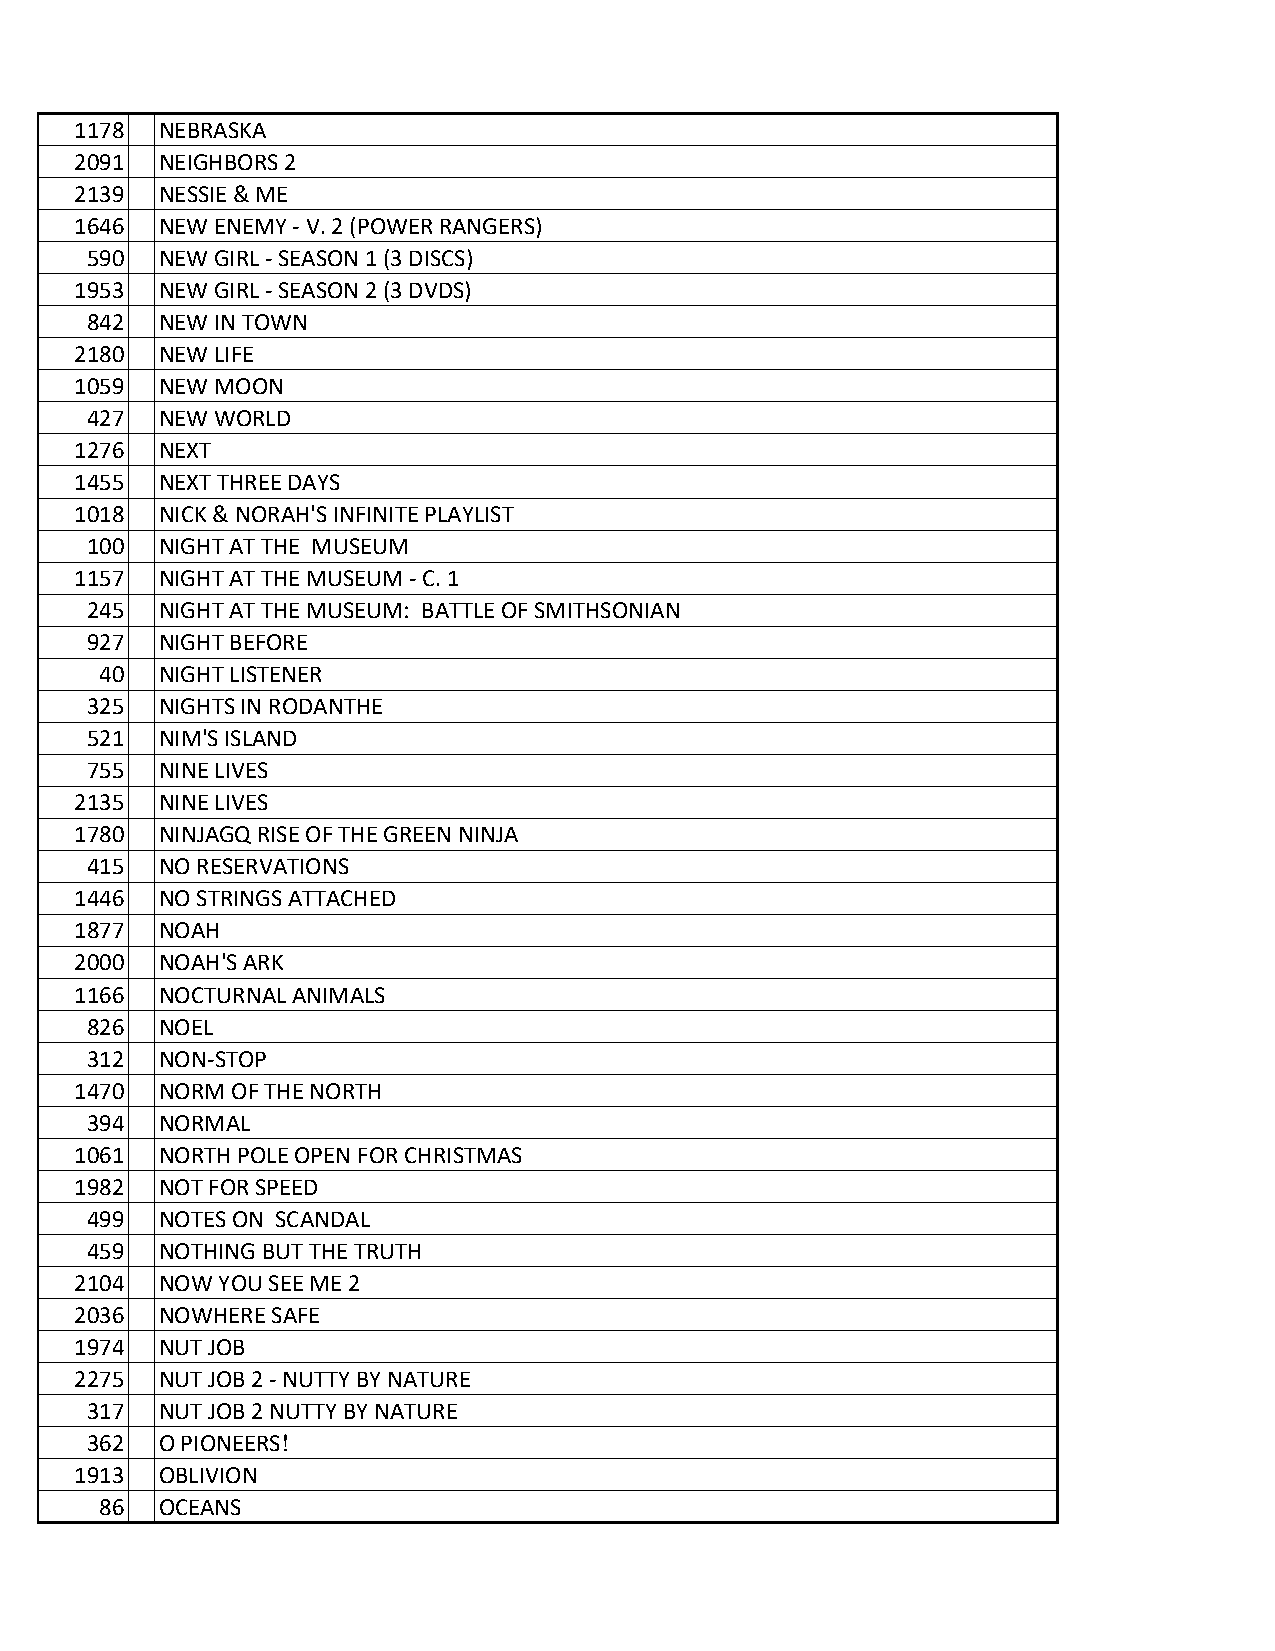
1178 NEBRASKA
 2091 NEIGHBORS 2
 2139 NESSIE & ME
 1646 NEW ENEMY - V. 2 (POWER RANGERS)
 590 NEW GIRL - SEASON 1 (3 DISCS)
 1953 NEW GIRL - SEASON 2 (3 DVDS)
 842 NEW IN TOWN
 2180 NEW LIFE
 1059 NEW MOON
 427 NEW WORLD
 1276 NEXT
 1455 NEXT THREE DAYS
 1018 NICK & NORAH'S INFINITE PLAYLIST
 100 NIGHT AT THE MUSEUM
 1157 NIGHT AT THE MUSEUM - C. 1
 245 NIGHT AT THE MUSEUM: BATTLE OF SMITHSONIAN
 927 NIGHT BEFORE
 40 NIGHT LISTENER
 325 NIGHTS IN RODANTHE
 521 NIM'S ISLAND
 755 NINE LIVES
 2135 NINE LIVES
 1780 NINJAGQ RISE OF THE GREEN NINJA
 415 NO RESERVATIONS
 1446 NO STRINGS ATTACHED
 1877 NOAH
 2000 NOAH'S ARK
 1166 NOCTURNAL ANIMALS
 826 NOEL
 312 NON-STOP
 1470 NORM OF THE NORTH
 394 NORMAL
 1061 NORTH POLE OPEN FOR CHRISTMAS
 1982 NOT FOR SPEED
 499 NOTES ON SCANDAL
 459 NOTHING BUT THE TRUTH
 2104 NOW YOU SEE ME 2
 2036 NOWHERE SAFE
 1974 NUT JOB
 2275 NUT JOB 2 - NUTTY BY NATURE
 317 NUT JOB 2 NUTTY BY NATURE
 362 O PIONEERS!
 1913 OBLIVION
 86 OCEANS